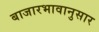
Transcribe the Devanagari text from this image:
बाजारभावानुसार